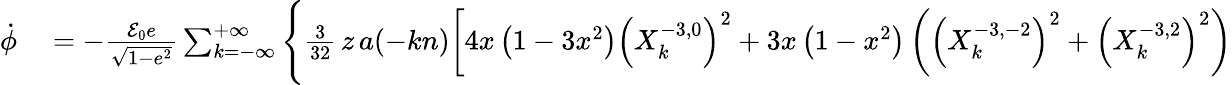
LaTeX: \begin{array}{rl}{\dot{\phi}}&{{}=-\frac{{\cal E}_{0}e}{\sqrt{1-e^{2}}}\sum_{k=-\infty}^{+\infty}\Bigg\{ \frac{3}{32}\, z\, a(-kn)\bigg[4x\left(1-3x^{2}\right)\left(X_{k}^{-3,0}\right)^{2}+3x\left(1-x^{2}\right)\left(\left(X_{k}^{-3,-2}\right)^{2}+\left(X_{k}^{-3,2}\right)^{2}\right)}\end{array}